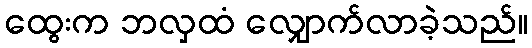
ထွေးက ဘလှထံ လျှောက်လာခဲ့သည်။